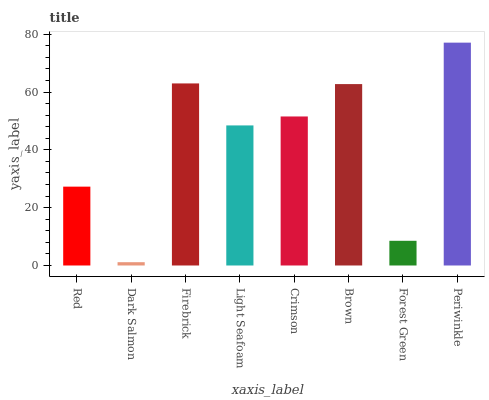
| xaxis_label | bars |
 | --- | --- |
 | Red | 27.3 |
 | Dark Salmon | 1.14 |
 | Firebrick | 63 |
 | Light Seafoam | 48.5 |
 | Crimson | 51.6 |
 | Brown | 62.8 |
 | Forest Green | 8.54 |
 | Periwinkle | 77.1 |